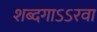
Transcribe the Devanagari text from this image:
शब्दगाऽऽरवा